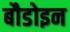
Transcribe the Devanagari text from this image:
बौडोइन